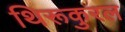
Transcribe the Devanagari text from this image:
थिरूकुरल